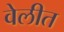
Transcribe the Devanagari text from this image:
वेलीत